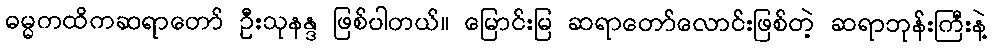
ဓမ္မကထိကဆရာတော် ဦးသုနန္ဒ ဖြစ်ပါတယ်။ မြောင်းမြ ဆရာတော်လောင်းဖြစ်တဲ့ ဆရာဘုန်းကြီးနဲ့